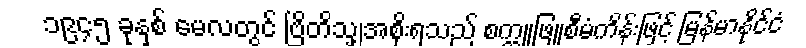
၁၉၄၅ ခုနှစ် မေလတွင် ဗြိတိသျှအစိုးရသည် စက္ကူဖြူစီမံကိန်းဖြင့် မြန်မာနိုင်ငံ